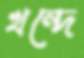
খন্দে